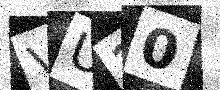
Text: VU20